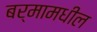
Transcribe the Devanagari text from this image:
बर्मामधील